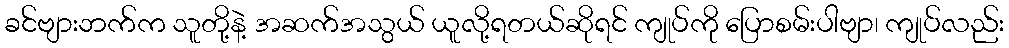
ခင်ဗျားဘက်က သူတို့နဲ့ အဆက်အသွယ် ယူလို့ရတယ်ဆိုရင် ကျုပ်ကို ပြောစမ်းပါဗျာ၊ ကျုပ်လည်း